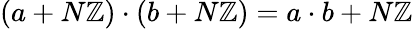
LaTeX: (a+N\mathbb{Z})\cdot(b+N\mathbb{Z})=a\cdot b+N\mathbb{Z}